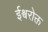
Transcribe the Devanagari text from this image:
ईश्वरोक्त